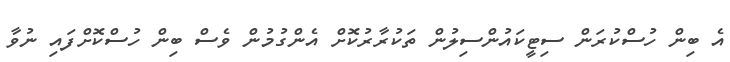
އެ ބިން ހުސްކުރަން ސިޓީކައުންސިލުން ތަކުރާރުކޮށް އެންގުމުން ވެސް ބިން ހުސްކޮށްފައި ނުވާ